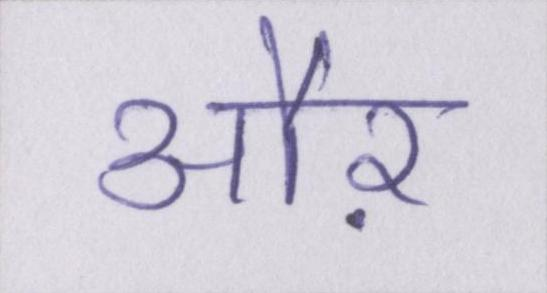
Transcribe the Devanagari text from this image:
औऱ